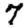
Digit: 7